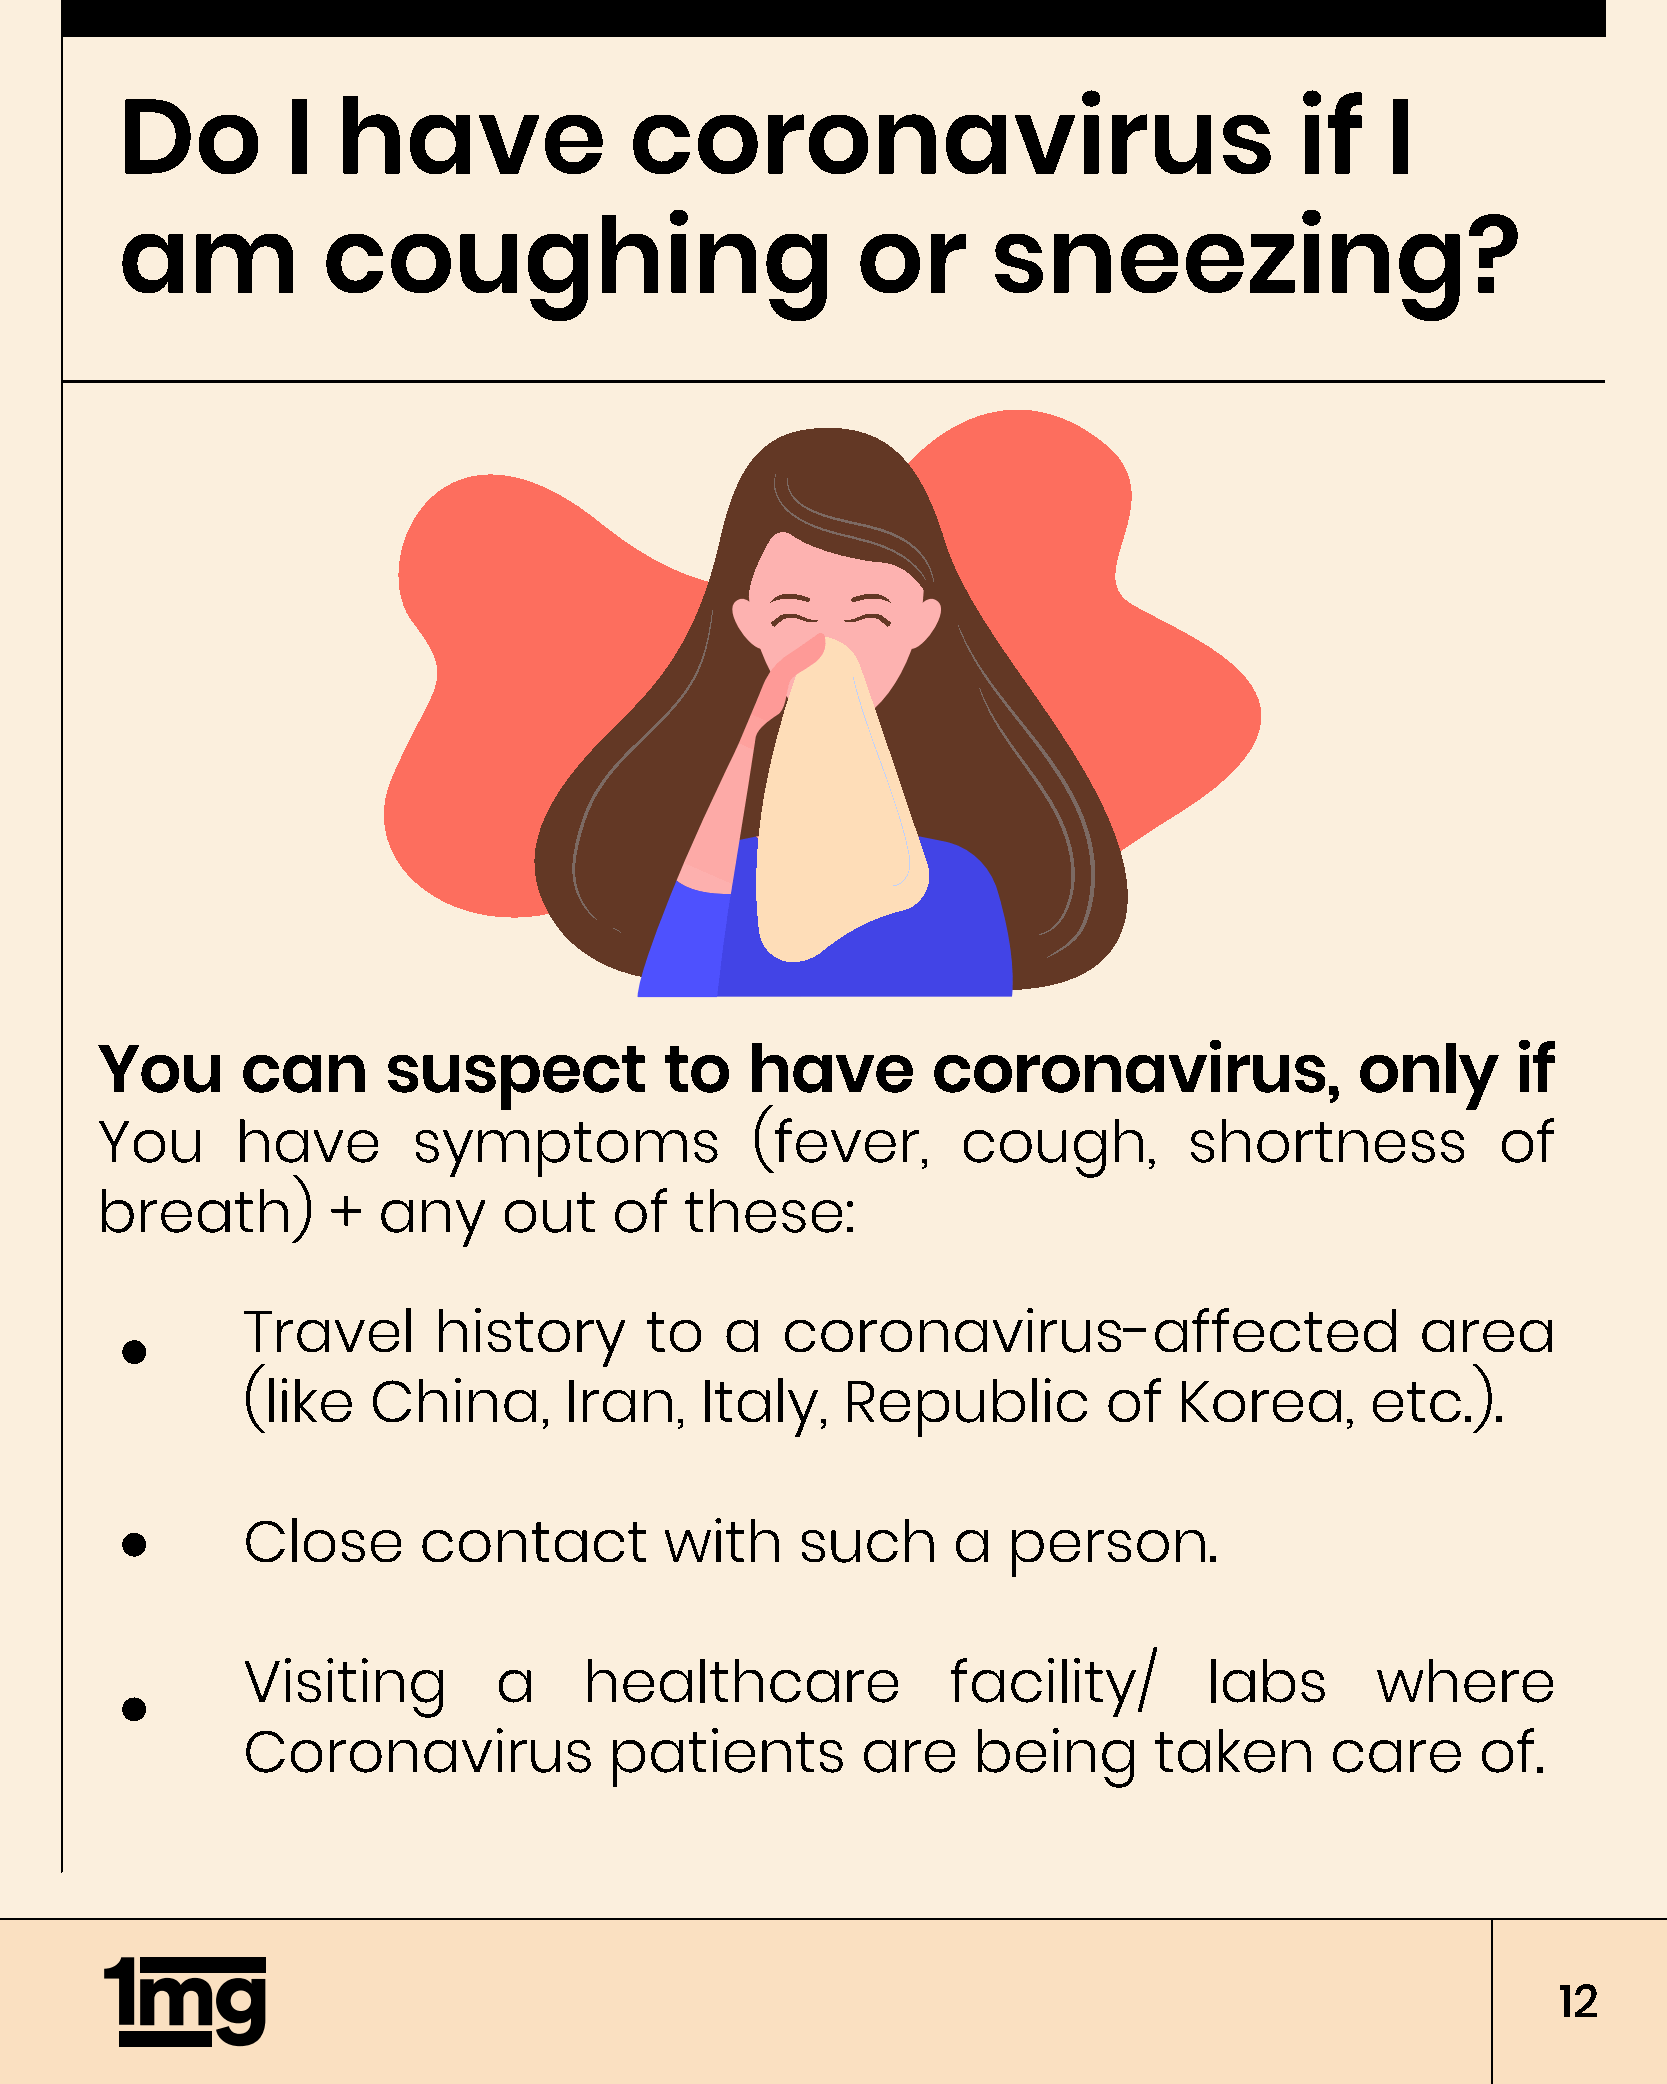
Do         I  have                coronavirus                                 if    I
 am           coughing                            or       sneezing?
 You       can      suspect            to    have        coronavirus,                only      if
 You       have       symptoms               (fever,       cough,         shortness           of
 breath)         +  any     out     of  these:
 Travel       history       to   a   coronavirus-affected                      area
 (like   China,       Iran,    Italy,    Republic         of   Korea,       etc.).
 Close       contact         with     such      a   person.
 Visiting         a     healthcare              facility/        labs       where
 Coronavirus             patients         are    being       taken       care      of.
 12